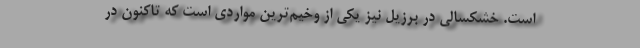
است. خشکسالی در برزیل نیز یکی از وخیم‌ترین مواردی است که تاکنون در